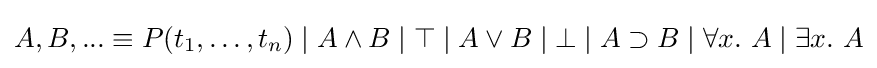
A,B,...\equiv P(t_{1},\dotsc ,t_{n})\mid A\wedge B\mid \top \mid A\vee B\mid \bot \mid A\supset B\mid \forall x.\ A\mid \exists x.\ A